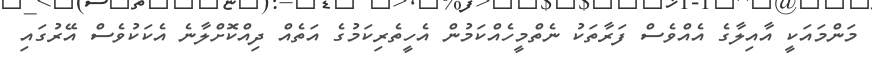
މަންމައަކީ އާއިލާގެ އެއްވެސް ފަރާތަކު ނެތްމީހެއްކަމުން އެހީތެރިކަމުގެ އަތެއް ދިއްކޮށްލާނެ އެކަކުވެސް އޭރުގައި